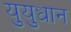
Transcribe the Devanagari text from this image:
युयुधान